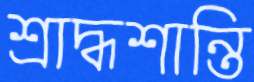
শ্রাদ্ধশান্তি